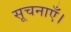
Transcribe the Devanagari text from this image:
सूचनाएँ।